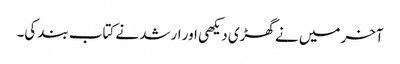
آخر میں نے گھڑی دیکھی اور ارشد نے کتاب بند کی۔